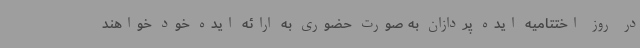
در روز اختتامیه ایده پردازان به صورت حضوری به ارائه ایده خود خواهند